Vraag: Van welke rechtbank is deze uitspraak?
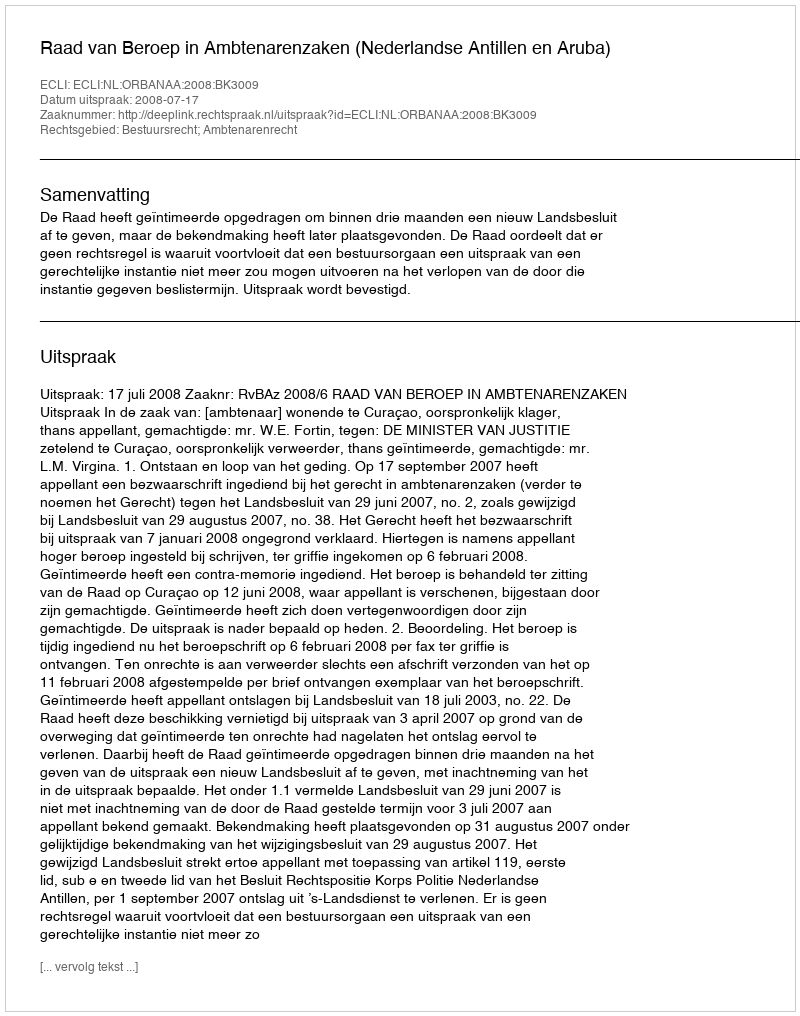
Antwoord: Raad van Beroep in Ambtenarenzaken (Nederlandse Antillen en Aruba)